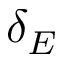
\delta _ { E }